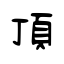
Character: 頂